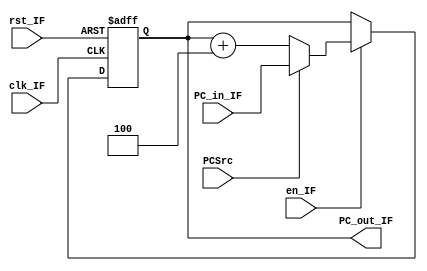
module Pipeline_IF(clk_IF, rst_IF, en_IF, PC_in_IF, PCSrc, PC_out_IF);
  input wire clk_IF;
  input wire rst_IF;
  input wire en_IF;
  input wire [31:0]PC_in_IF;
  input wire PCSrc;
  output reg [31:0]PC_out_IF;

  always @(negedge clk_IF or posedge rst_IF) begin
    if(rst_IF) begin
      PC_out_IF <= 32'b0;
    end else if(en_IF) begin
      PC_out_IF <= PCSrc ? PC_in_IF : PC_out_IF + 4;
    end    
  end

endmodule